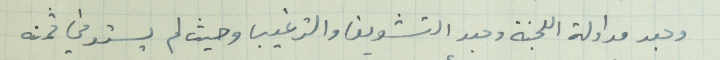
وبعد مداولة اللجنة وبعد التشويق والترغيب وحيث لم يستوفي ثمنه